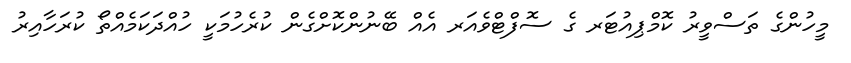
މީހުންގެ ތަސްވީރު ކޮމްޕިއުޓަރ ގެ ސޮފްޓްވެއަރ އެއް ބޭނުންކޮށްގެން ކުރެހުމަކީ ހުއްދަކަމެއްތޯ ކުރަހާއިރު